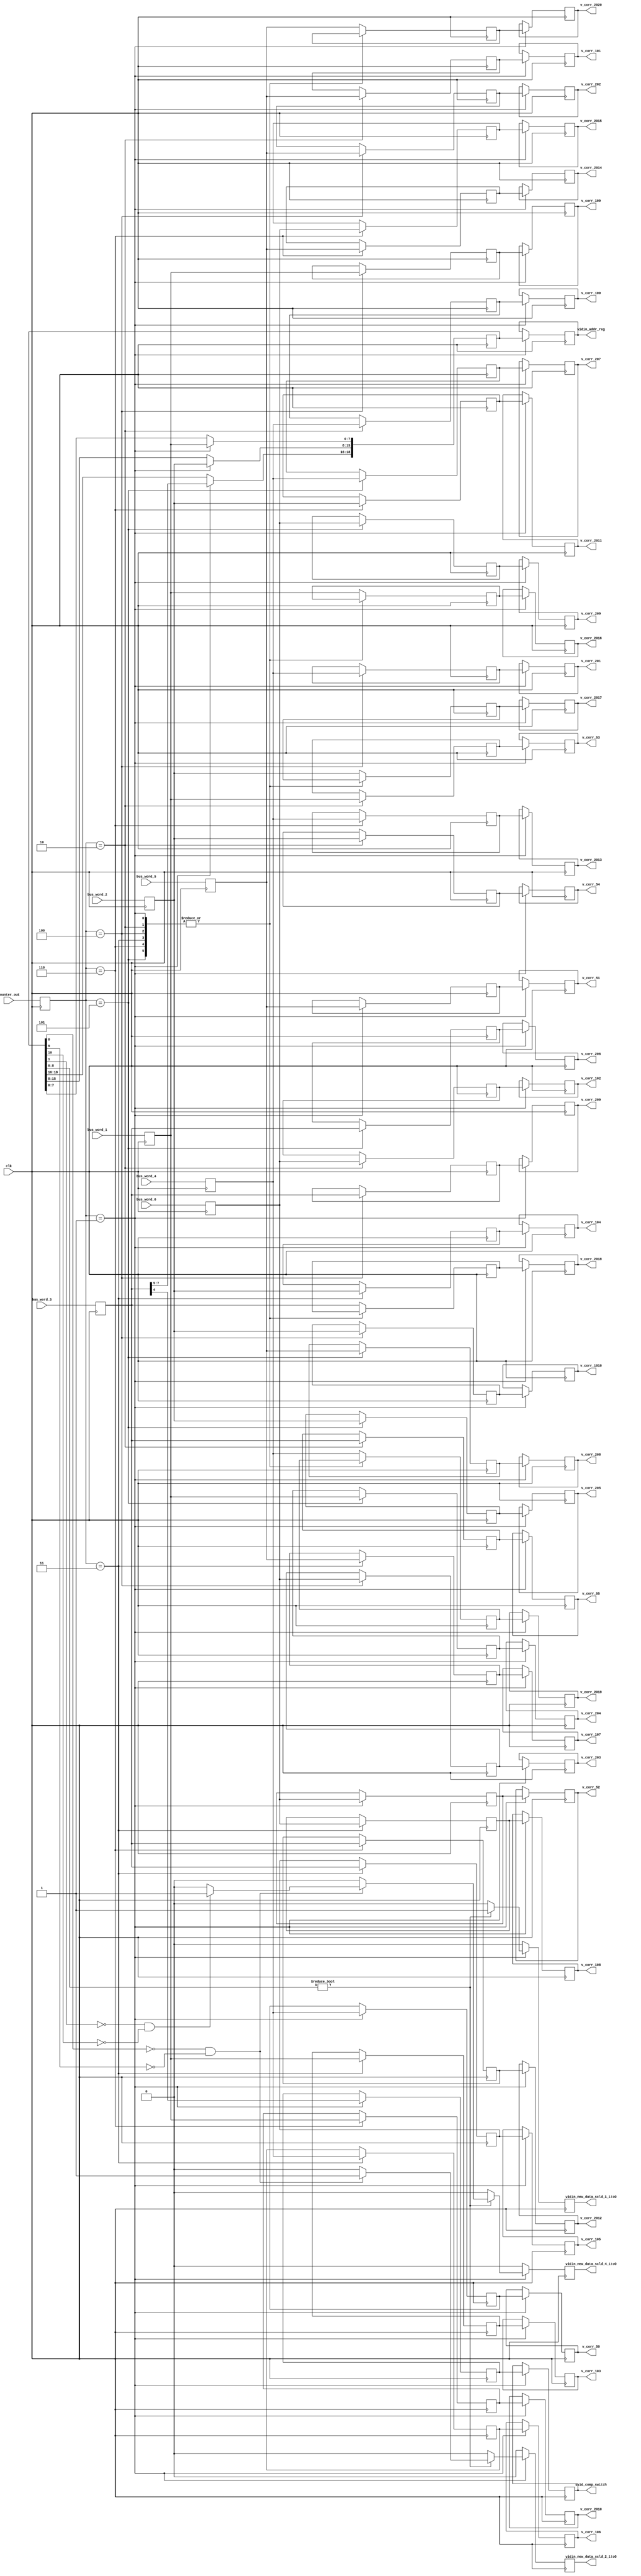

module port_bus_1to0_1 (clk, vidin_addr_reg, svid_comp_switch, vidin_new_data_scld_1_1to0,
   v_corr_200, 
   v_corr_201, 
   v_corr_202, 
   v_corr_203, 
   v_corr_204, 
   v_corr_205, 
   v_corr_206, 
   v_corr_207, 
   v_corr_208, 
   v_corr_209, 
   v_corr_2010, 
   v_corr_2011, 
   v_corr_2012, 
   v_corr_2013, 
   v_corr_2014, 
   v_corr_2015, 
   v_corr_2016, 
   v_corr_2017, 
   v_corr_2018, 
   v_corr_2019, 
   v_corr_2020, 
vidin_new_data_scld_2_1to0,
   v_corr_100, 
   v_corr_101, 
   v_corr_102, 
   v_corr_103, 
   v_corr_104, 
   v_corr_105, 
   v_corr_106, 
   v_corr_107, 
   v_corr_108, 
   v_corr_109, 
   v_corr_1010, 
vidin_new_data_scld_4_1to0, 
   v_corr_50, 
   v_corr_51, 
   v_corr_52, 
   v_corr_53, 
   v_corr_54, 
   v_corr_55, 
bus_word_1, bus_word_2, bus_word_3, bus_word_4, bus_word_5, bus_word_6, counter_out);


   input clk; 
   output[18:0] vidin_addr_reg; 
   reg[18:0] vidin_addr_reg;
   output svid_comp_switch; 
   reg svid_comp_switch;
   output vidin_new_data_scld_1_1to0; 
   reg vidin_new_data_scld_1_1to0;
   output[7:0] v_corr_200; 
   output[7:0] v_corr_201; 
   output[7:0] v_corr_202; 
   output[7:0] v_corr_203; 
   output[7:0] v_corr_204; 
   output[7:0] v_corr_205; 
   output[7:0] v_corr_206; 
   output[7:0] v_corr_207; 
   output[7:0] v_corr_208; 
   output[7:0] v_corr_209; 
   output[7:0] v_corr_2010; 
   output[7:0] v_corr_2011; 
   output[7:0] v_corr_2012; 
   output[7:0] v_corr_2013; 
   output[7:0] v_corr_2014; 
   output[7:0] v_corr_2015; 
   output[7:0] v_corr_2016; 
   output[7:0] v_corr_2017; 
   output[7:0] v_corr_2018; 
   output[7:0] v_corr_2019; 
   output[7:0] v_corr_2020; 
   reg[7:0] v_corr_200; 
   reg[7:0] v_corr_201; 
   reg[7:0] v_corr_202; 
   reg[7:0] v_corr_203; 
   reg[7:0] v_corr_204; 
   reg[7:0] v_corr_205; 
   reg[7:0] v_corr_206; 
   reg[7:0] v_corr_207; 
   reg[7:0] v_corr_208; 
   reg[7:0] v_corr_209; 
   reg[7:0] v_corr_2010; 
   reg[7:0] v_corr_2011; 
   reg[7:0] v_corr_2012; 
   reg[7:0] v_corr_2013; 
   reg[7:0] v_corr_2014; 
   reg[7:0] v_corr_2015; 
   reg[7:0] v_corr_2016; 
   reg[7:0] v_corr_2017; 
   reg[7:0] v_corr_2018; 
   reg[7:0] v_corr_2019; 
   reg[7:0] v_corr_2020; 
   output vidin_new_data_scld_2_1to0; 
   reg vidin_new_data_scld_2_1to0;
   output[7:0] v_corr_100; 
   output[7:0] v_corr_101; 
   output[7:0] v_corr_102; 
   output[7:0] v_corr_103; 
   output[7:0] v_corr_104; 
   output[7:0] v_corr_105; 
   output[7:0] v_corr_106; 
   output[7:0] v_corr_107; 
   output[7:0] v_corr_108; 
   output[7:0] v_corr_109; 
   output[7:0] v_corr_1010; 
   reg[7:0] v_corr_100; 
   reg[7:0] v_corr_101; 
   reg[7:0] v_corr_102; 
   reg[7:0] v_corr_103; 
   reg[7:0] v_corr_104; 
   reg[7:0] v_corr_105; 
   reg[7:0] v_corr_106; 
   reg[7:0] v_corr_107; 
   reg[7:0] v_corr_108; 
   reg[7:0] v_corr_109; 
   reg[7:0] v_corr_1010; 
   output vidin_new_data_scld_4_1to0; 
   reg vidin_new_data_scld_4_1to0;
   output[7:0] v_corr_50; 
   output[7:0] v_corr_51; 
   output[7:0] v_corr_52; 
   output[7:0] v_corr_53; 
   output[7:0] v_corr_54; 
   output[7:0] v_corr_55; 
   reg[7:0] v_corr_50; 
   reg[7:0] v_corr_51; 
   reg[7:0] v_corr_52; 
   reg[7:0] v_corr_53; 
   reg[7:0] v_corr_54; 
   reg[7:0] v_corr_55; 
   input[7:0] bus_word_1; 
   input[7:0] bus_word_2; 
   input[7:0] bus_word_3; 
   input[7:0] bus_word_4; 
   input[7:0] bus_word_5; 
   input[7:0] bus_word_6; 
   input[2:0] counter_out; 

   reg[7:0] bus_word_1_tmp; 
   reg[7:0] bus_word_2_tmp; 
   reg[7:0] bus_word_3_tmp; 
   reg[7:0] bus_word_4_tmp; 
   reg[7:0] bus_word_5_tmp; 
   reg[7:0] bus_word_6_tmp; 
   reg[18:0] vidin_addr_reg_tmp; 
   reg svid_comp_switch_tmp; 
   wire vidin_new_data_scld_1_1to0_tmp; 
   wire vidin_new_data_scld_2_1to0_tmp; 
   wire vidin_new_data_scld_4_1to0_tmp; 
   reg[2:0] counter_out_tmp; 
   reg[7:0] v_corr_20_tmp0; 
   reg[7:0] v_corr_20_tmp1; 
   reg[7:0] v_corr_20_tmp2; 
   reg[7:0] v_corr_20_tmp3; 
   reg[7:0] v_corr_20_tmp4; 
   reg[7:0] v_corr_20_tmp5; 
   reg[7:0] v_corr_20_tmp6; 
   reg[7:0] v_corr_20_tmp7; 
   reg[7:0] v_corr_20_tmp8; 
   reg[7:0] v_corr_20_tmp9; 
   reg[7:0] v_corr_20_tmp10; 
   reg[7:0] v_corr_20_tmp11; 
   reg[7:0] v_corr_20_tmp12; 
   reg[7:0] v_corr_20_tmp13; 
   reg[7:0] v_corr_20_tmp14; 
   reg[7:0] v_corr_20_tmp15; 
   reg[7:0] v_corr_20_tmp16; 
   reg[7:0] v_corr_20_tmp17; 
   reg[7:0] v_corr_20_tmp18; 
   reg[7:0] v_corr_20_tmp19; 
   reg[7:0] v_corr_20_tmp20; 
   reg[7:0] v_corr_10_tmp0; 
   reg[7:0] v_corr_10_tmp1; 
   reg[7:0] v_corr_10_tmp2; 
   reg[7:0] v_corr_10_tmp3; 
   reg[7:0] v_corr_10_tmp4; 
   reg[7:0] v_corr_10_tmp5; 
   reg[7:0] v_corr_10_tmp6; 
   reg[7:0] v_corr_10_tmp7; 
   reg[7:0] v_corr_10_tmp8; 
   reg[7:0] v_corr_10_tmp9; 
   reg[7:0] v_corr_10_tmp10; 
   reg[7:0] v_corr_5_tmp0; 
   reg[7:0] v_corr_5_tmp1; 
   reg[7:0] v_corr_5_tmp2; 
   reg[7:0] v_corr_5_tmp3; 
   reg[7:0] v_corr_5_tmp4; 
   reg[7:0] v_corr_5_tmp5; 

   always @(posedge clk)
   begin
         case (counter_out_tmp[2:0])
            3'b001 :
                     begin
                        vidin_addr_reg_tmp[7:0] <= bus_word_1_tmp ; 
                        vidin_addr_reg_tmp[15:8] <= bus_word_2_tmp ; 
                       vidin_addr_reg_tmp[18:16] <= bus_word_3_tmp[7:5] ; 
                        svid_comp_switch_tmp <= bus_word_3_tmp[4] ; 
                        v_corr_5_tmp0 <= bus_word_4_tmp ; 
                        v_corr_5_tmp1 <= bus_word_5_tmp ; 
                        v_corr_5_tmp2 <= bus_word_6_tmp ; 
                     end
            3'b010 :
                     begin
                        v_corr_5_tmp3 <= bus_word_1_tmp ; 
                        v_corr_5_tmp4 <= bus_word_2_tmp ; 
                        v_corr_5_tmp5 <= bus_word_3_tmp ; 
                        v_corr_10_tmp0 <= bus_word_4_tmp ; 
                        v_corr_10_tmp1 <= bus_word_5_tmp ; 
                        v_corr_10_tmp2 <= bus_word_6_tmp ; 
                     end
            3'b011 :
                     begin
                        v_corr_10_tmp3 <= bus_word_1_tmp ; 
                        v_corr_10_tmp4 <= bus_word_2_tmp ; 
                        v_corr_10_tmp5 <= bus_word_3_tmp ; 
                        v_corr_10_tmp6 <= bus_word_4_tmp ; 
                        v_corr_10_tmp7 <= bus_word_5_tmp ; 
                        v_corr_10_tmp8 <= bus_word_6_tmp ; 
                     end
            3'b100 :
                     begin
                        v_corr_10_tmp9 <= bus_word_1_tmp ; 
                        v_corr_10_tmp10 <= bus_word_2_tmp ; 
                        v_corr_20_tmp0 <= bus_word_3_tmp ; 
                        v_corr_20_tmp1 <= bus_word_4_tmp ; 
                        v_corr_20_tmp2 <= bus_word_5_tmp ; 
                        v_corr_20_tmp3 <= bus_word_6_tmp ; 
                     end
            3'b101 :
                     begin
                        v_corr_20_tmp4 <= bus_word_1_tmp ; 
                        v_corr_20_tmp5 <= bus_word_2_tmp ; 
                        v_corr_20_tmp6 <= bus_word_3_tmp ; 
                        v_corr_20_tmp7 <= bus_word_4_tmp ; 
                        v_corr_20_tmp8 <= bus_word_5_tmp ; 
                        v_corr_20_tmp9 <= bus_word_6_tmp ; 
                     end
            3'b110 :
                     begin
                        v_corr_20_tmp10 <= bus_word_1_tmp ; 
                        v_corr_20_tmp11 <= bus_word_2_tmp ; 
                        v_corr_20_tmp12 <= bus_word_3_tmp ; 
                        v_corr_20_tmp13 <= bus_word_4_tmp ; 
                        v_corr_20_tmp14 <= bus_word_5_tmp ; 
                        v_corr_20_tmp15 <= bus_word_6_tmp ; 
                     end
            3'b111 :
                     begin
                        v_corr_20_tmp16 <= bus_word_1_tmp ; 
                        v_corr_20_tmp17 <= bus_word_2_tmp ; 
                        v_corr_20_tmp18 <= bus_word_3_tmp ; 
                        v_corr_20_tmp19 <= bus_word_4_tmp ; 
                        v_corr_20_tmp20 <= bus_word_5_tmp ; 
                     end
            default :
                     begin
                        v_corr_20_tmp16 <= bus_word_1_tmp ; 
                        v_corr_20_tmp17 <= bus_word_2_tmp ; 
                        v_corr_20_tmp18 <= bus_word_3_tmp ; 
                        v_corr_20_tmp19 <= bus_word_4_tmp ; 
                        v_corr_20_tmp20 <= bus_word_5_tmp ; 
                     end
         endcase 
   end 

   always @(posedge clk)
   begin
         counter_out_tmp <= counter_out ; 
         bus_word_1_tmp <= bus_word_1 ; 
         bus_word_2_tmp <= bus_word_2 ; 
         bus_word_3_tmp <= bus_word_3 ; 
         bus_word_4_tmp <= bus_word_4 ; 
         bus_word_5_tmp <= bus_word_5 ; 
         bus_word_6_tmp <= bus_word_6 ; 
   end 

   always @(posedge clk)
   begin
         if (counter_out_tmp == 3'b001)
         begin
            vidin_addr_reg <= vidin_addr_reg_tmp ; 
            svid_comp_switch <= svid_comp_switch_tmp ; 
            if (vidin_addr_reg_tmp[8:0] != 9'b000000000)
            begin
               vidin_new_data_scld_1_1to0 <= 1'b1 ; 
               if ((vidin_addr_reg_tmp[0]) == 1'b0 & (vidin_addr_reg_tmp[9]) == 1'b0)
               begin
                  vidin_new_data_scld_2_1to0 <= 1'b1 ; 
                  if ((vidin_addr_reg_tmp[1]) == 1'b0 & (vidin_addr_reg_tmp[10]) == 1'b0)
                  begin
                     vidin_new_data_scld_4_1to0 <= 1'b1 ; 
                  end
                  else
                  begin
                     vidin_new_data_scld_4_1to0 <= 1'b0 ; 
                  end 
               end
               else
               begin
                  vidin_new_data_scld_2_1to0 <= 1'b0 ; 
                  vidin_new_data_scld_4_1to0 <= 1'b0 ; 
               end 
            end
            else
            begin
               vidin_new_data_scld_1_1to0 <= 1'b0 ; 
               vidin_new_data_scld_4_1to0 <= 1'b0 ; 
               vidin_new_data_scld_2_1to0 <= 1'b0 ; 
            end 
            v_corr_50 <= v_corr_5_tmp0 ; 
            v_corr_51 <= v_corr_5_tmp1 ; 
            v_corr_52 <= v_corr_5_tmp2 ; 
            v_corr_53 <= v_corr_5_tmp3 ; 
            v_corr_54 <= v_corr_5_tmp4 ; 
            v_corr_55 <= v_corr_5_tmp5 ; 
            v_corr_100 <= v_corr_10_tmp0 ; 
            v_corr_101 <= v_corr_10_tmp1 ; 
            v_corr_102 <= v_corr_10_tmp2 ; 
            v_corr_103 <= v_corr_10_tmp3 ; 
            v_corr_104 <= v_corr_10_tmp4 ; 
            v_corr_105 <= v_corr_10_tmp5 ; 
            v_corr_106 <= v_corr_10_tmp6 ; 
            v_corr_107 <= v_corr_10_tmp7 ; 
            v_corr_108 <= v_corr_10_tmp8 ; 
            v_corr_109 <= v_corr_10_tmp9 ; 
            v_corr_1010 <= v_corr_10_tmp10 ; 
            v_corr_200 <= v_corr_20_tmp0 ; 
            v_corr_201 <= v_corr_20_tmp1 ; 
            v_corr_202 <= v_corr_20_tmp2 ; 
            v_corr_203 <= v_corr_20_tmp3 ; 
            v_corr_204 <= v_corr_20_tmp4 ; 
            v_corr_205 <= v_corr_20_tmp5 ; 
            v_corr_206 <= v_corr_20_tmp6 ; 
            v_corr_207 <= v_corr_20_tmp7 ; 
            v_corr_208 <= v_corr_20_tmp8 ; 
            v_corr_209 <= v_corr_20_tmp9 ; 
            v_corr_2010 <= v_corr_20_tmp10 ; 
            v_corr_2011 <= v_corr_20_tmp11 ; 
            v_corr_2012 <= v_corr_20_tmp12 ; 
            v_corr_2013 <= v_corr_20_tmp13 ; 
            v_corr_2014 <= v_corr_20_tmp14 ; 
            v_corr_2015 <= v_corr_20_tmp15 ; 
            v_corr_2016 <= v_corr_20_tmp16 ; 
            v_corr_2017 <= v_corr_20_tmp17 ; 
            v_corr_2018 <= v_corr_20_tmp18 ; 
            v_corr_2019 <= v_corr_20_tmp19 ; 
            v_corr_2020 <= v_corr_20_tmp20 ; 
         end
         else
         begin
            vidin_new_data_scld_1_1to0 <= 1'b0 ; 
            vidin_new_data_scld_2_1to0 <= 1'b0 ; 
            vidin_new_data_scld_4_1to0 <= 1'b0 ; 
         end 
   end 
endmodule